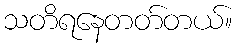
သတိရနေတတ်တယ်။